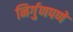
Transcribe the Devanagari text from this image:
निर्गुणपणे